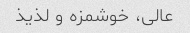
عالی، خوشمزه و لذیذ